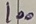
Text: 100